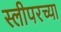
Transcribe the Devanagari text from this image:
स्लीपरच्या